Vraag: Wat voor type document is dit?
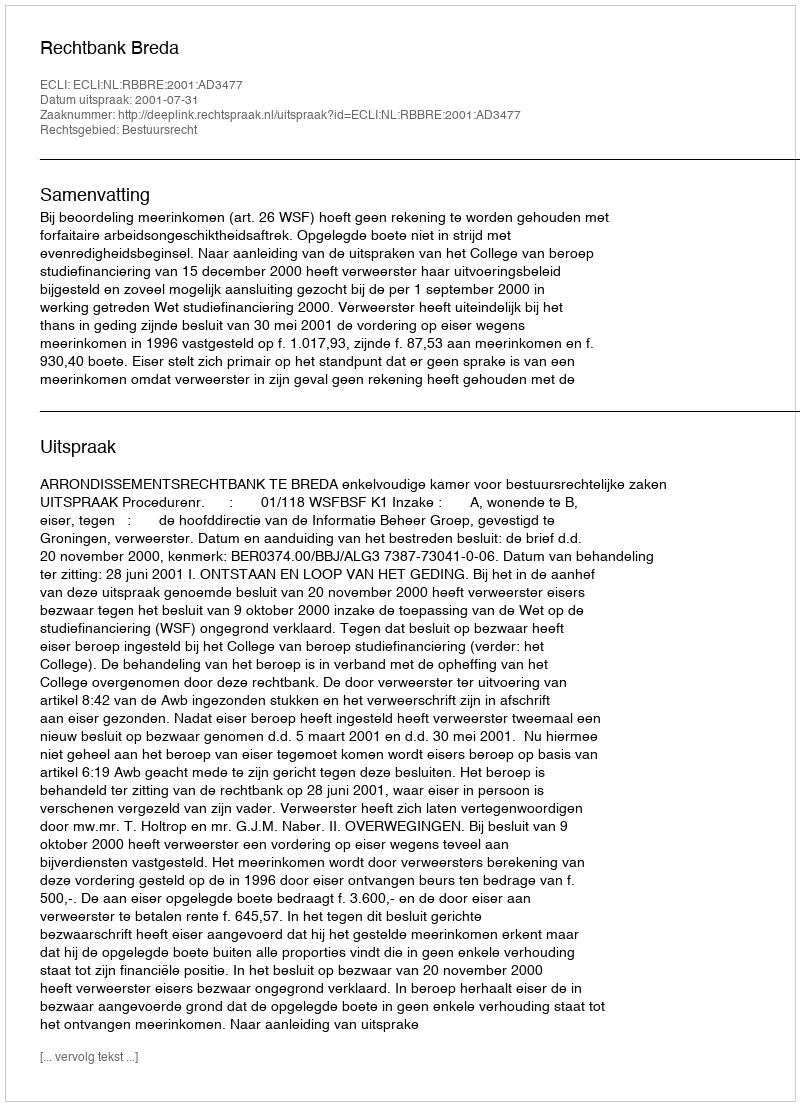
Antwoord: Uitspraak